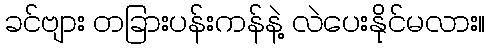
ခင်ဗျား တခြားပန်းကန်နဲ့ လဲပေးနိုင်မလား။